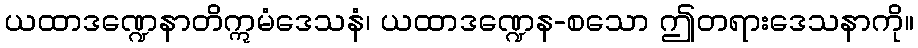
ယထာဒဏ္ဍေနာတိဣမံဒေသနံ၊ ယထာဒဏ္ဍေန-စသော ဤတရားဒေသနာကို။